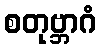
စတုဗ္ဘာဂံ